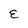
Character: E